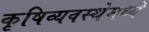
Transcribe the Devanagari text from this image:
कृषिव्यवस्थेमध्ये